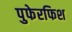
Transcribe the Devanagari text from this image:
पुफेरफिश